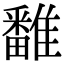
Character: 𩀷